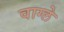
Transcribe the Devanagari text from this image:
वाग्ले